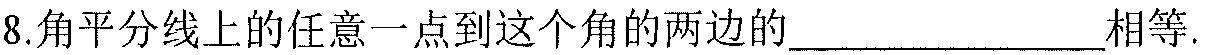
8.角平分线上的任意一点到这个角的两边的\underline{\qquad}相等.